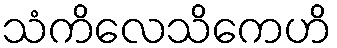
သံကိလေသိကေဟိ